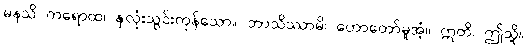
မနသိ ကရောထ၊ နှလုံးသွင်းကုန်သော။ ဘာသိဿာမိ၊ ဟောတော်မူအံ့။ ဣတိ၊ ဤသို့။